Report of the Imperial Institute of Veterinary Research, Muktesar
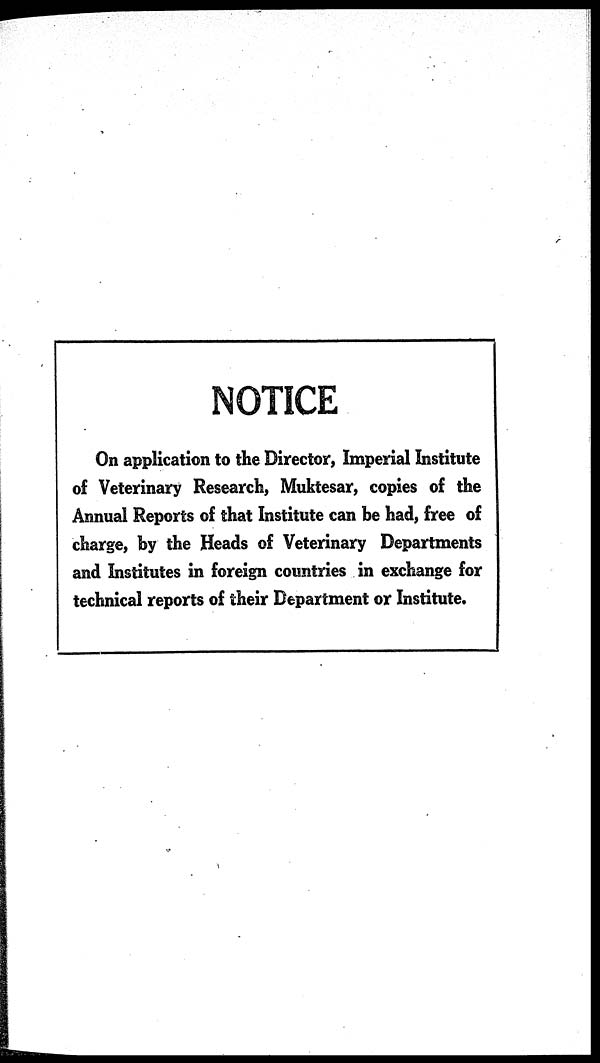
NOTICE
On application to the Director, Imperial Institute
of Veterinary Research, Muktesar, copies of the
Annual Reports of that Institute can be had, free of
charge, by the Heads of Veterinary Departments
and Institutes in foreign countries in exchange for
technical reports of their Department or Institute.